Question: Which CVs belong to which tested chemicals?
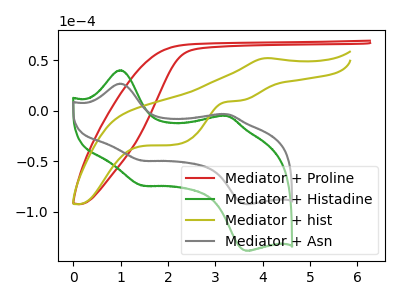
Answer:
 <answer>The red curve is labeled "Mediator + Proline". The green curve is labeled "Mediator + Histadine". The olive curve is labeled "Mediator + hist". The gray curve is labeled "Mediator + Asn".</answer>
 <eval></eval>